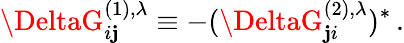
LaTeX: \DeltaG_{i\mathbf{j}}^{(1),\lambda}\equiv-(\DeltaG_{\mathbf{j}i}^{(2),\lambda})^{*}\, .